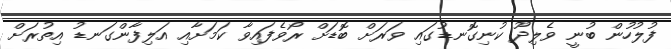
ފުލުހުން ބުނީ ވެލިދޫ ކުނިގޮނޑުގައި ވަރަށް ބޮޑަށް ރޯވެފައިވާ ކަމަށާއި އަލިފާންގަނޑު އިތުރަށް